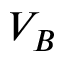
V _ { B }